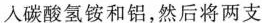
入碳酸氢铵和铝，然后将两支